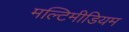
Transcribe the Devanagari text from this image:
मल्टिमीडियम